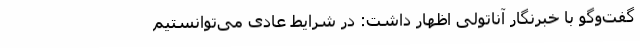
گفت‌وگو با خبرنگار آناتولی اظهار داشت: در شرایط عادی می‌توانستیم